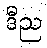
ဒီည